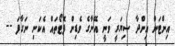
އިންޓަން އިންދާ ސިޔަރީ ވަނީ އޭނާގެ ވެޑިން ފޮޓޯތައް އެކަނި ނަގާފަ --